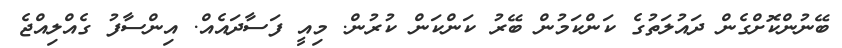
ބޭނުންކޮށްގެން ދައުލަތުގެ ކަންކަމުން ބޭރު ކަންކަން ކުރުން. މިއީ ފަސާދައެއް. އިންސާފު ގެއްލިއްޖެ